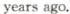
years ago.